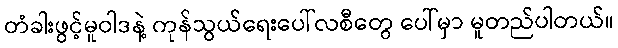
တံခါးဖွင့်မူဝါဒနဲ့ ကုန်သွယ်ရေးပေါ်လစီတွေ ပေါ်မှာ မူတည်ပါတယ်။